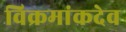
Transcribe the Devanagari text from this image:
विक्रमांकदेव